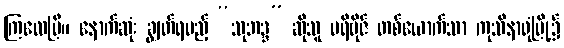
ကြလေပြီ။ နောက်ဆုံး ချွတ်ရမည့် “သုဘဒ္ဒ” ဆိုသူ ပရိဗိုဇ် တစ်ယောက်သာ ကုသိနာရုံမြို့၌